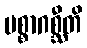
ပစ္စာဂစ္ဆီတိ